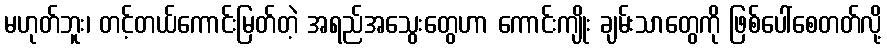
မဟုတ်ဘူး၊ တင့်တယ်ကောင်းမြတ်တဲ့ အရည်အသွေးတွေဟာ ကောင်းကျိုး ချမ်းသာတွေကို ဖြစ်ပေါ်စေတတ်လို့